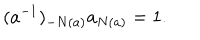
( a ^ { - 1 } ) _ { - N ( a ) } a _ { N ( a ) } = 1 .